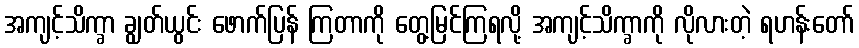
အကျင့်သိက္ခာ ချွတ်ယွင်း ဖောက်ပြန် ကြတာကို တွေ့မြင်ကြရလို့ အကျင့်သိက္ခာကို လိုလားတဲ့ ရဟန်းတော်